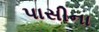
પાસીના